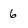
Character: 6